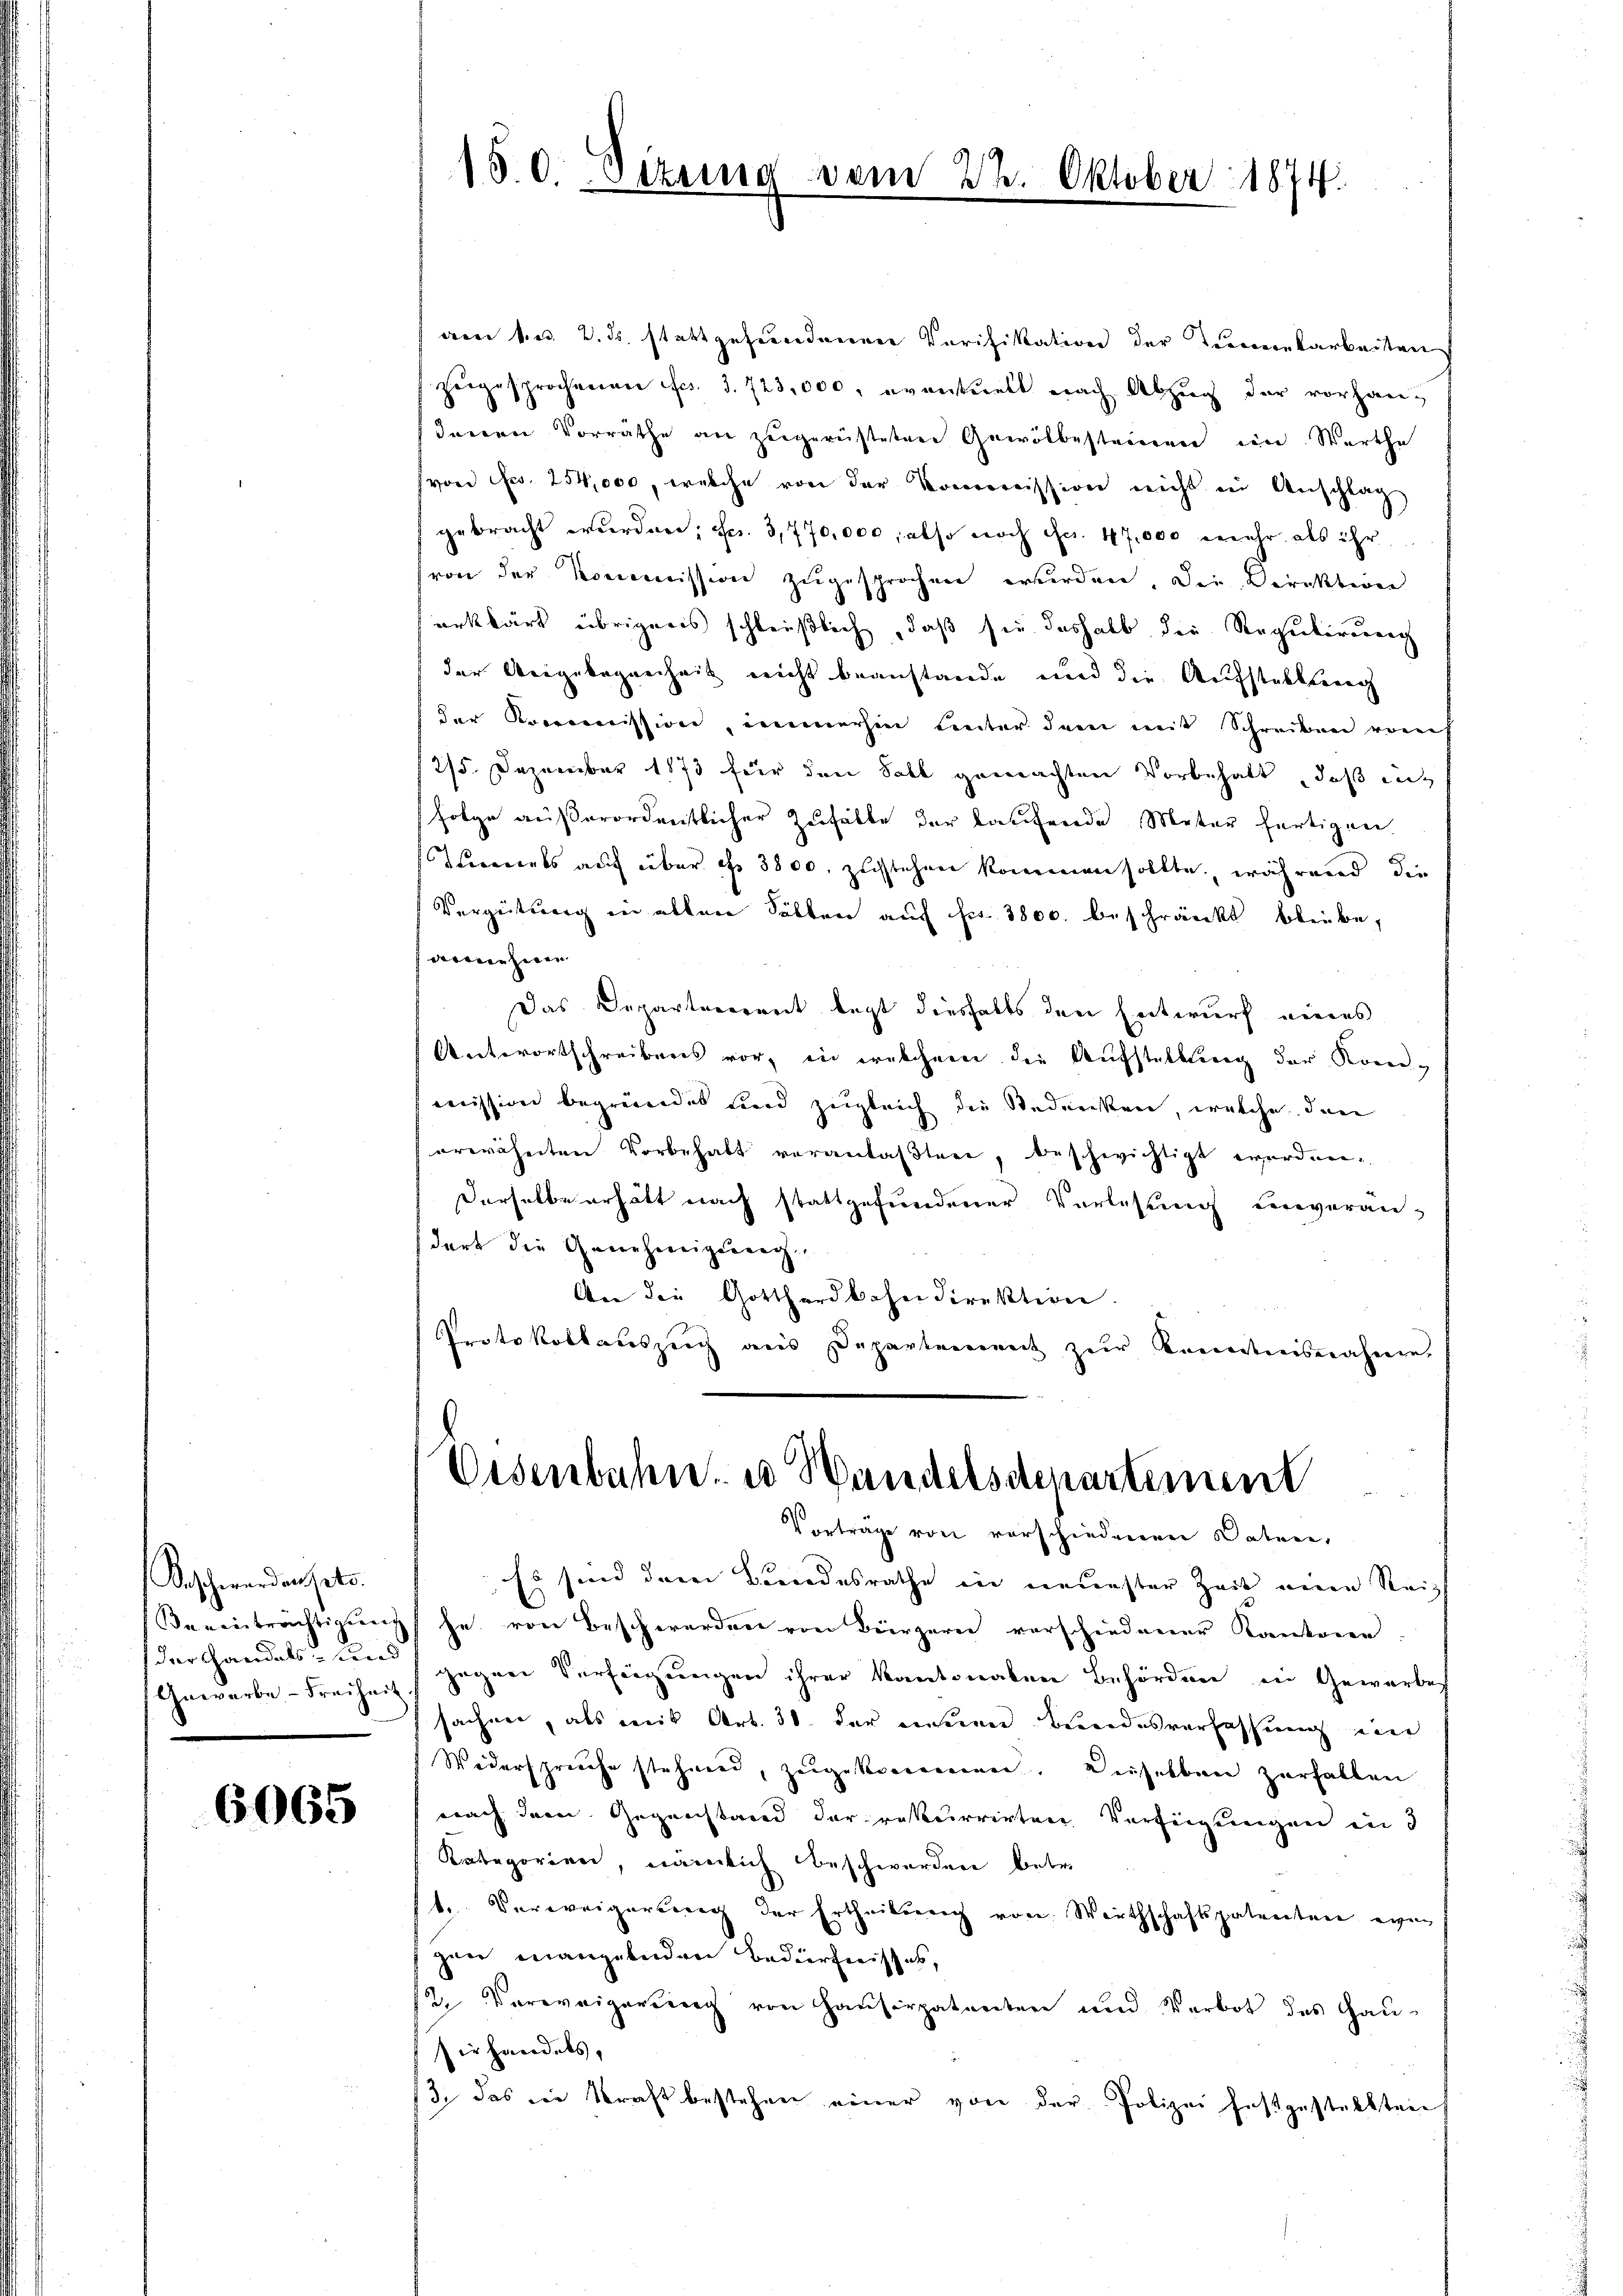
Beschwerdensets.
Gewerbe. - Freiheit.

6065

von 1. e. 2. ds. stattgefundererer Verifikation der Terekarbeiten
zugesprochenen fcs. 3. 723,000, eventuelt nach Abzug der vorhandenen Vorräthe an zŭgerüsteten Gewölbesteinen im Werthe
(von Fr. 254,000, welche von der Kommission nicht in Anschlag
gebracht wurden; Fr. 3,770,000, also noch Fr. 47,000 mehr als ihr
von der Kommission zugesprochen wurden, die Direktiren
erklärt übrigens schleißlich, daß sie deshalb die Regulirung
der Vergelegenheit nicht beanstande und die Aufstellung
(der Kronomission, immerhin unter dem mit Schreiben vom
275. Dezember 1873 für den Soll gemachten Vorbehalt, daß infolge außerordentlicher Zufalle der laufende Meter fertigen
Tierents auf über ihr 3800. zustehen kommen sollte, während die
Vergütung in alten Solten auch Fr. 3800. beschränkt bliebe,
arme hier
Das Departererret legt dieshalts den Entwurf eines
Antwortschreibens vor, in welchenen die Aufstellung der Koren,
mission begründet und zugleich die Studenken, welche den
erwähnten Vorbehalt verantasten, beschwichtigt werden.
Derselbe erhält nach stattgefundener Vorlesung einverän-
dort die Genehmigung
An die Gotthardbahndirektion.
Protokollauszug aus Departement zur Kenntnisnahme.

150. Sizung vom 2

Oktober 1874.

Eisenbahn u Wandelsdepartement
Vorträge von verschiedenen Vatere,

Es sind deren Bundesrathe ein neuenster Zeit einen Reich
Beeinträchtigung he von Beschwerden von Bürzern verschiedener Kantone
der Handels zum gegen Verfügungen ihrer Kantonalen Behörden in Gewerbec
sachen, als mit Art. 30 der innen Bundesverfassung ein
Widerspreche stehend, zugekommen. Dieselben zerfallen
nach dem Gegenstand der rekurrirten Verfügungen in d
Kategorien, nämlich beschwerden betr.
t. Verweigerung der Ertheilung von Wirthschaftspatenten ein
zen mangelnden Bedürfnisses,
12. Verweigerung von Hausirpatenten und Verbot des Gau-
sirhandels,
/3. das die Kraft bestehen einer von der Polizei festgestellten